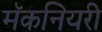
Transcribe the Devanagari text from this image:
मॅकनियरी